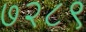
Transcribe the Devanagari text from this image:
७२८९